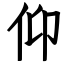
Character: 仰